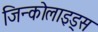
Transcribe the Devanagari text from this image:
जिन्कोलाइड्स